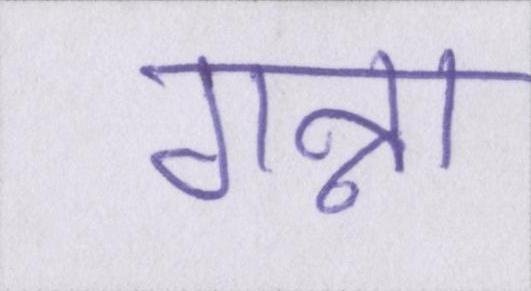
गन्ना